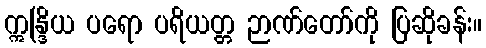
ဣန္ဒြိယ ပရော ပရိယတ္တ ဉာဏ်တော်ကို ပြဆိုခန်း။